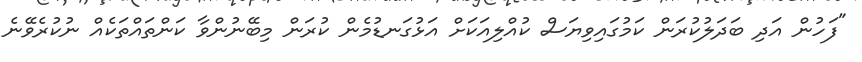
"ފަހުން އަދި ބަދަލުކުރަން ކަމުގައިވިޔަސް ކުއްލިއަކަށް އަޅުގަނޑުމެން ކުރަން މިބޭނުންވާ ކަންތައްތަކެއް ނުކުރެވޭނެ